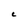
Character: C